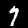
Label: 7